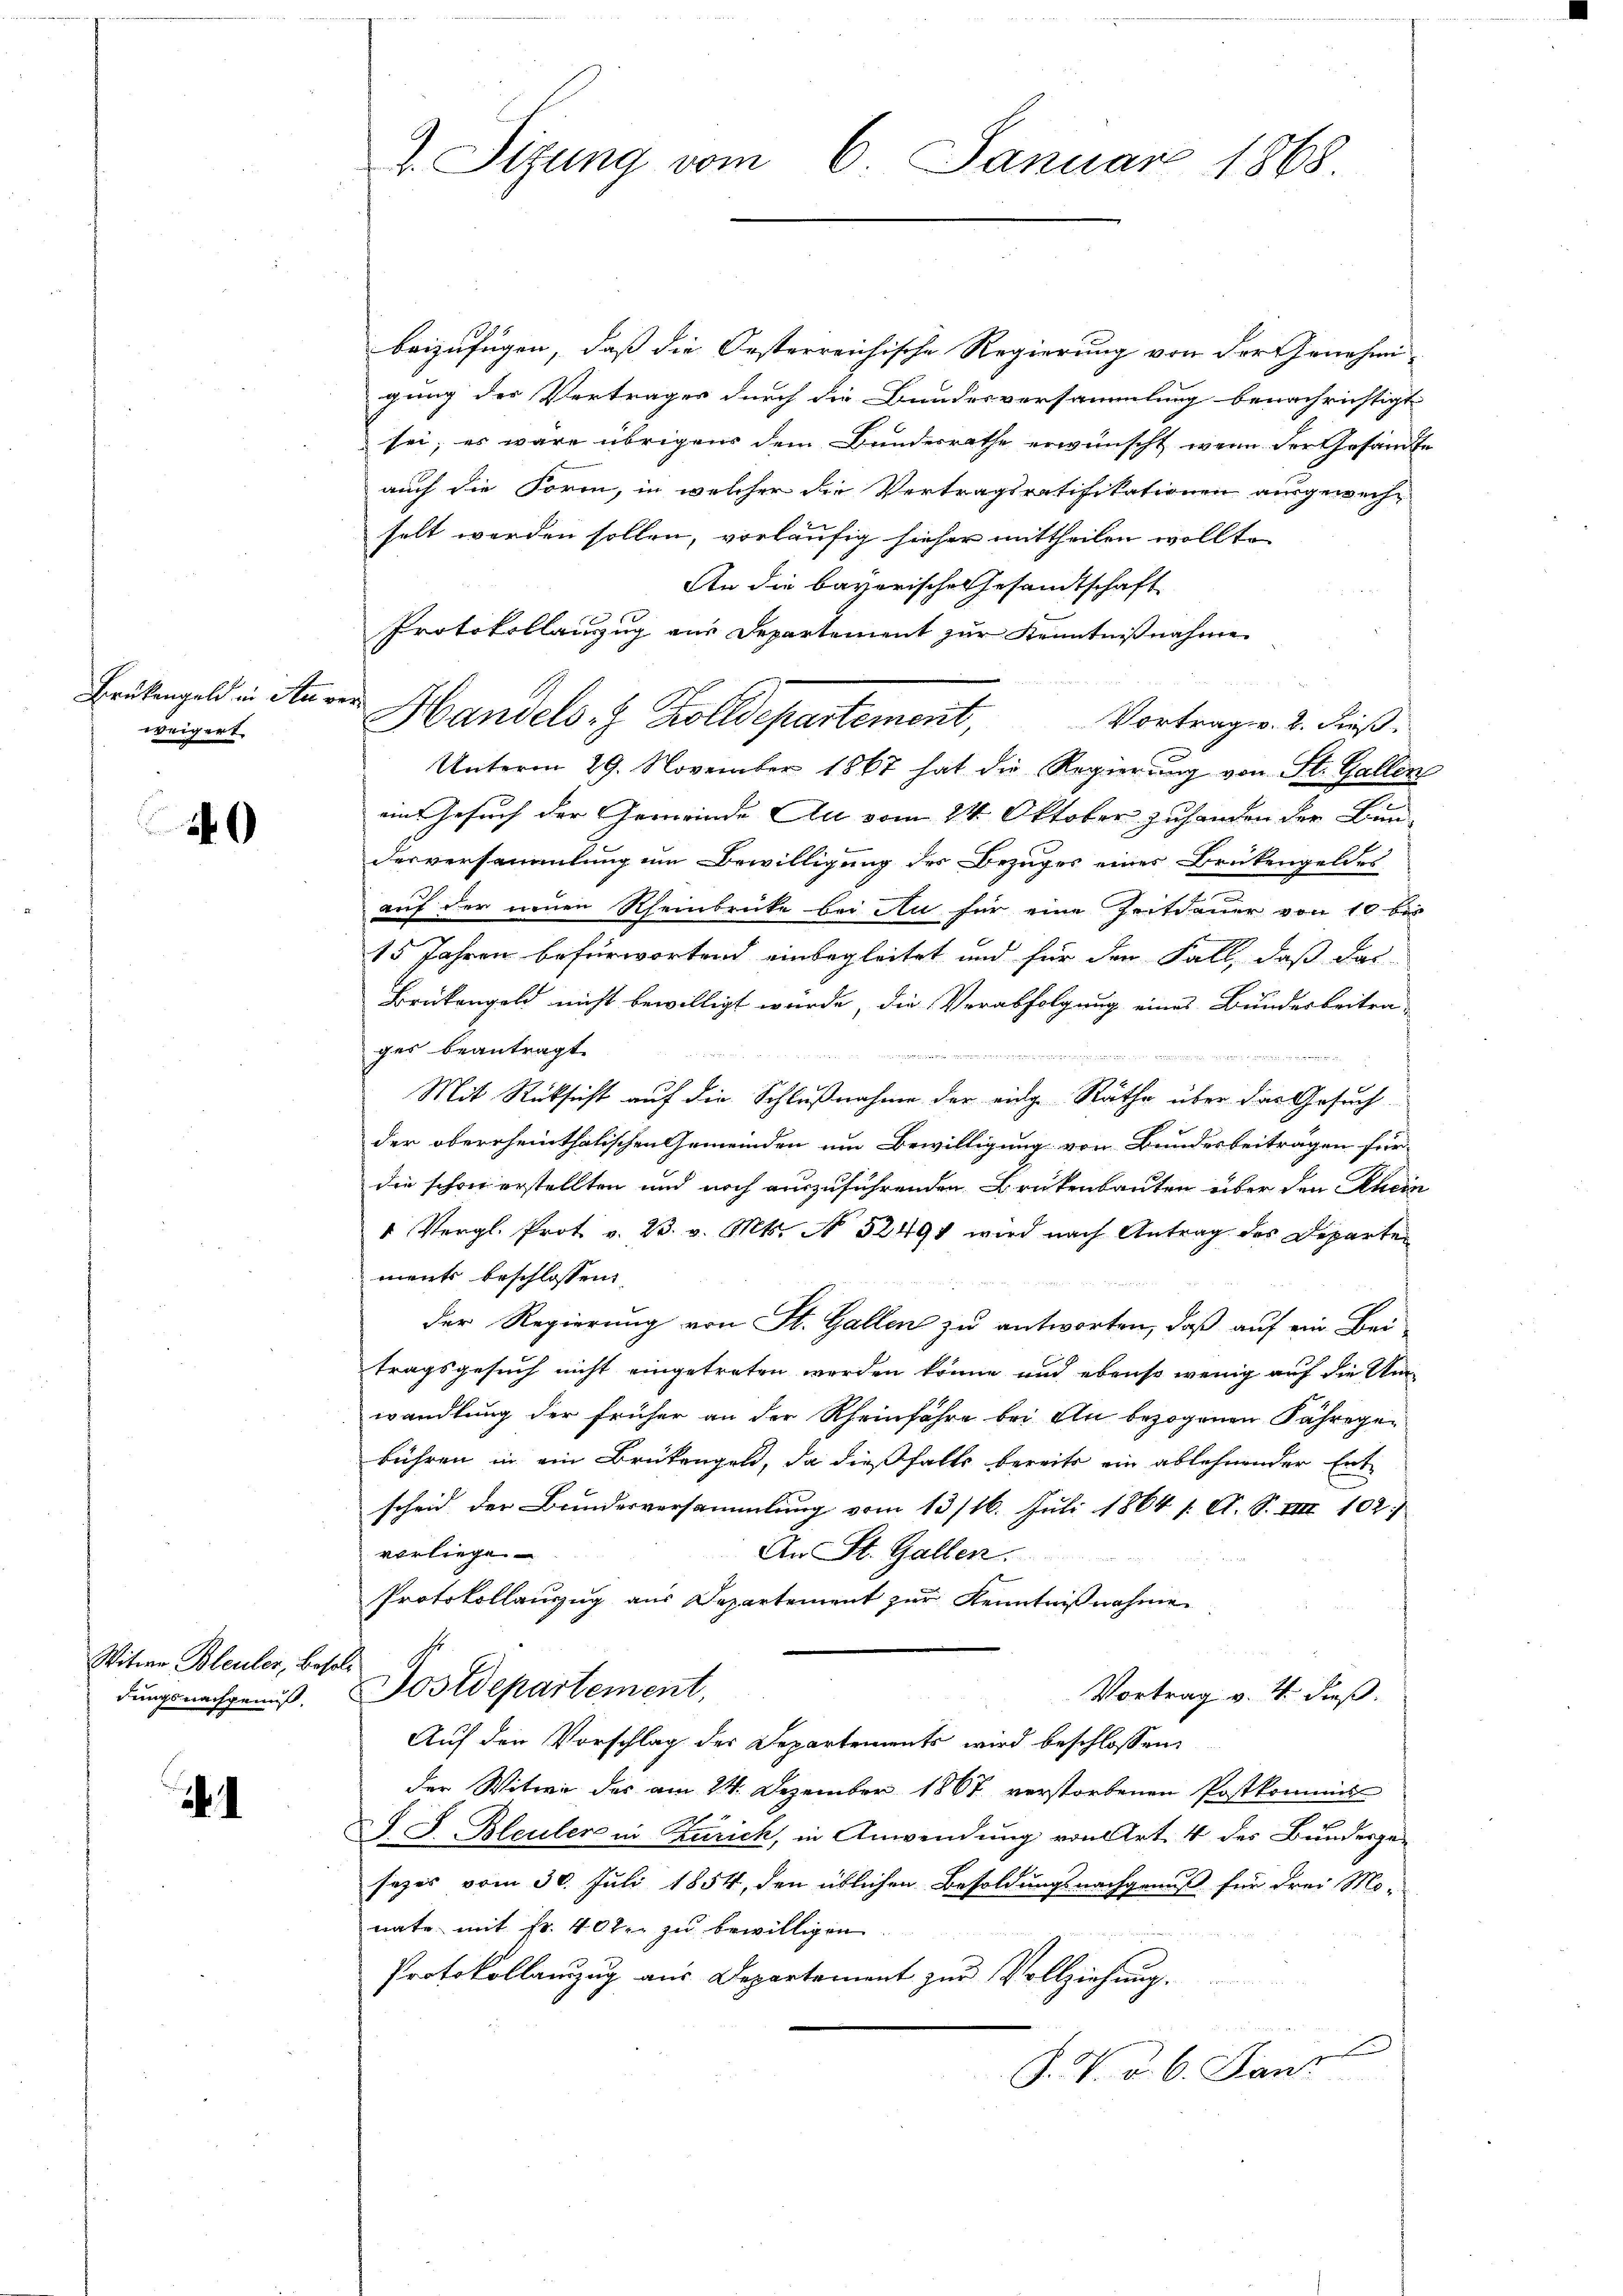
Brükengeld in Anweigert

40

Witwe Bleuler, Bez
dungsnachgenuß,

.

2. Sizung vom 6. Januar 1868

beizufügen, daß die Oesterreichische Regierung von der Genehmi-
gung des Vertrages durch die Bundesversammlung benachrichtigt
sei; es wäre übrigens dem Bundesrathe erwünscht, wenn der Gesandte
auch die Form, in welcher die Vertragsratifikationen ausgewechselt werden sollen, vorläufig hieher mittheilen wollte
An die bayerische Gesandtschaft
Protokollanzug aus Departement zur Kenntnißnahme
Vortrag v. 2. dieß.
Unterm 29. November 1867 hat die Regierung von St. Gallen
ein Gesuch der Gemeinde Au vom 24. Oktober zuhanden der Bunderversammlung um Bewilligung des Bezuges eines Brükengeldes
auf der neuen Rheinbrücke bei Au für eine Zeitdauer von 10 bis
15 Jahren befürwortend einbegleitet und für den Fall, daß das
Brükengeld nicht bewilligt würde, die Verabfolgung eines Bunderbeitra-
ges beantragt.
Meter

Mit Rücksicht auf die Schlußnahme der einge Räthe über das Gesuch
der oberrheinthalischen Gemeinden um Bewilligung von Bundesbeiträgen für
die schon erstellten und noch auszuführenden Brükenbauten über den Rhein
" Vergl. Prot v. 23. v. Mts. No 52494 wird nach Antrag des Departen
ments beschlossen:
Der Regierung von St. Gallen zu antworten, daß auf ein Bei-
tragsgesuch nicht eingetreten werden könne und ebenso wenig auf die Um
wandlung der früher an der Rheinfahre bei Au bezogenen Fähregebühren in ein Brükengeld, da dießfalls bereits ein ablehnender Entscheid der Bundesversammlung vom 13/16. Juli 1864 s. O. S. VIII 102.
vorliegen
An St. Gallen.
Protokollanzug aus Departement zur Kenntnißnahme
als
Postdepartement,
Vortrag v. 4. dieß.
Auf den Vorschlag des Departements wird beschlossen:
der Witwe des am 14. Dezember 1867 verstorbenen Postkommis
J S. Bleuler in Zürich, in Anwendung von Art. 4 des Bundesge-
sezes vom 30. Juli 1854, den üblichen Besoldungsnachgenuß für drei Mo-
nate mit Fr. 40kr. zu bewilligen
Protokollanzug aus Departement zŭr Vollziehung.
d
J. V. d. 6. Janz

e Handels. Z. Zolldepartement,